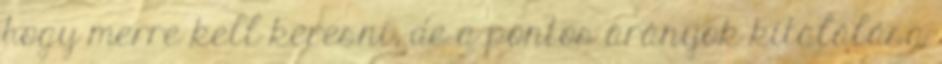
hogy merre kell keresni, de a pontos arányok kitalálása